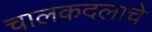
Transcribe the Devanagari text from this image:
चालकदलाचे